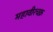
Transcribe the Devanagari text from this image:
महावीरचक्र